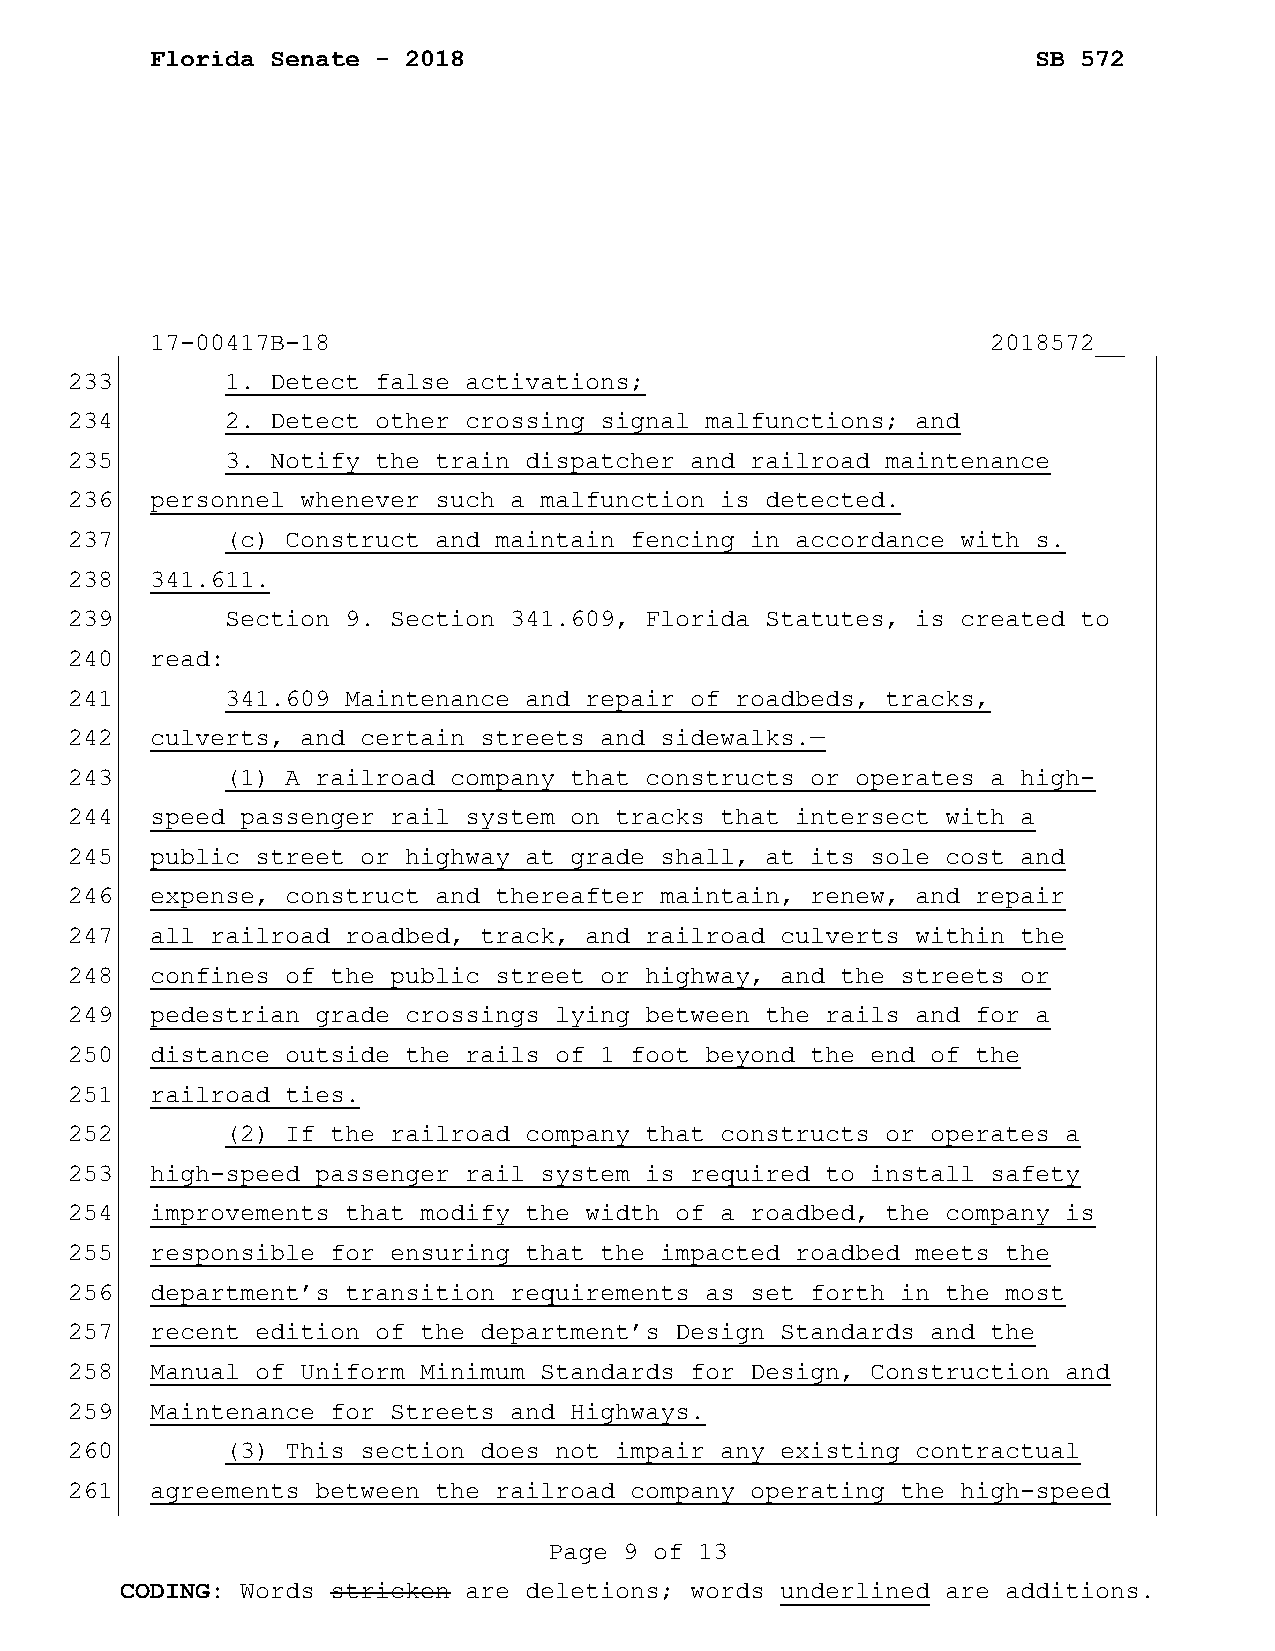
Florida Senate - 2018                                      SB 572
 17-00417B-18                                            2018572__
 233        1. Detect false activations;
 234        2. Detect other crossing signal malfunctions; and
 235        3. Notify the train dispatcher and railroad maintenance
 236   personnel whenever such a malfunction is detected.
 237        (c) Construct and maintain fencing in accordance with s.
 238   341.611.
 239        Section 9. Section 341.609, Florida Statutes, is created to
 240   read:
 241        341.609 Maintenance and repair of roadbeds, tracks,
 242   culverts, and certain streets and sidewalks.—
 243        (1) A railroad company that constructs or operates a high-
 244   speed passenger rail system on tracks that intersect with a
 245   public street or highway at grade shall, at its sole cost and
 246   expense, construct and thereafter maintain, renew, and repair
 247   all railroad roadbed, track, and railroad culverts within the
 248   confines of the public street or highway, and the streets or
 249   pedestrian grade crossings lying between the rails and for a
 250   distance outside the rails of 1 foot beyond the end of the
 251   railroad ties.
 252        (2) If the railroad company that constructs or operates a
 253   high-speed passenger rail system is required to install safety
 254   improvements that modify the width of a roadbed, the company is
 255   responsible for ensuring that the impacted roadbed meets the
 256   department’s transition requirements as set forth in the most
 257   recent edition of the department’s Design Standards and the
 258   Manual of Uniform Minimum Standards for Design, Construction and
 259   Maintenance for Streets and Highways.
 260        (3) This section does not impair any existing contractual
 261   agreements between the railroad company operating the high-speed
 Page 9 of 13
 CODING: Words stricken are deletions; words underlined are additions.